Annual report of lunatic asylums [Bombay] - 1912-1922
Year: 1912
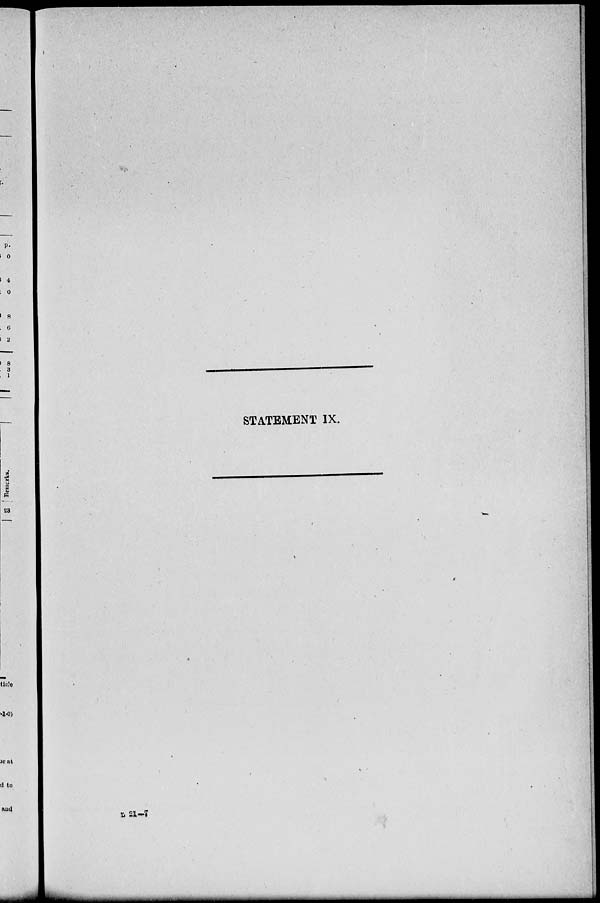
STATEMENT IX.